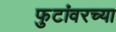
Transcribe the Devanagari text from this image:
फुटांवरच्या